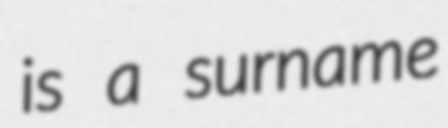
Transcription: is a surname